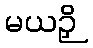
မယဉှိ